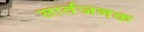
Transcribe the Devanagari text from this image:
सार्वजनक